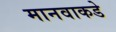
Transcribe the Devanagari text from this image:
मानवाकडे